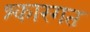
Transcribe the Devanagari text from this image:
श्कारगत